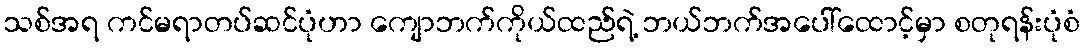
သစ်အရ ကင်မရာတပ်ဆင်ပုံဟာ ကျောဘက်ကိုယ်ထည်ရဲ့ ဘယ်ဘက်အပေါ်ထောင့်မှာ စတုရန်းပုံစံ